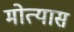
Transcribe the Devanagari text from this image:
मोत्यास